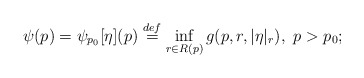
\begin{align*} \psi(p) = \psi_{p_0}[\eta](p) \stackrel{def}{=} \inf_{r \in R(p)} g(p, r, |\eta|_r), \ p > p_0;\end{align*}